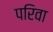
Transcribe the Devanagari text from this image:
परिवा